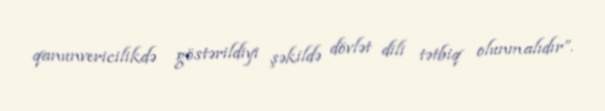
qanunvericilikdə göstərildiyi şəkildə dövlət dili tətbiq olunmalıdır”.